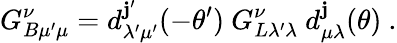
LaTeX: G_{B\mu^{\prime}\mu}^{\nu}=d_{\lambda^{\prime}\mu^{\prime}}^{\mathbf{j}^{\prime}}(-\theta^{\prime})\ G_{L\lambda^{\prime}\lambda}^{\nu}\ d_{\mu\lambda}^{\mathbf{j}}(\theta)\ .